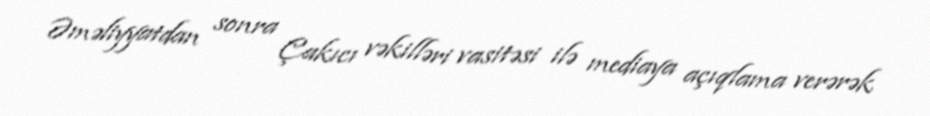
Əməliyyatdan sonra Çakıcı vəkilləri vasitəsi ilə mediaya açıqlama verərək